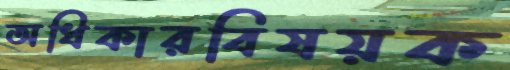
অধিকারবিষয়ক